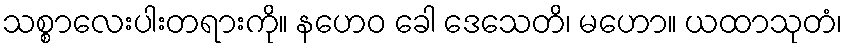
သစ္စာလေးပါးတရားကို။ နဟေဝ ခေါ ဒေသေတိ၊ မဟော။ ယထာသုတံ၊